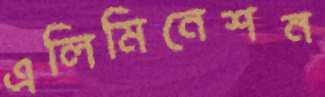
এলিমিনেশন